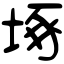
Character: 㙇